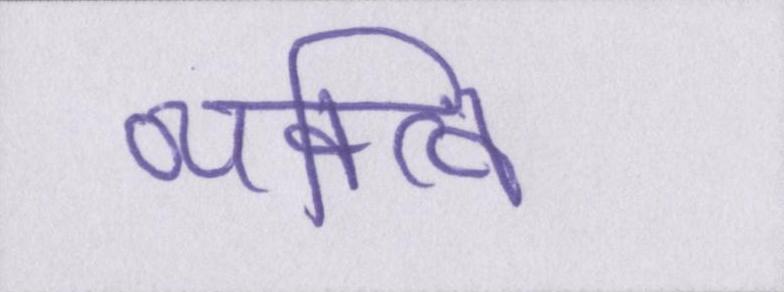
व्यक्त्वि